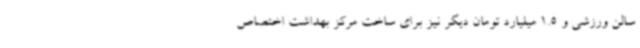
سالن ورزشی و 1.5 میلیارد تومان دیگر نیز برای ساخت مرکز بهداشت اختصاص